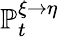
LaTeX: \mathbb{P}_{t}^{\xi\rightarrow\eta}